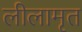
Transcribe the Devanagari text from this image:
लीलामृत